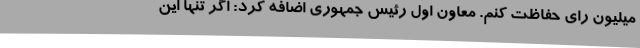
میلیون رای حفاظت کنم. معاون اول رئیس جمهوری اضافه کرد: اگر تنها این